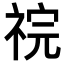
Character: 𫀏